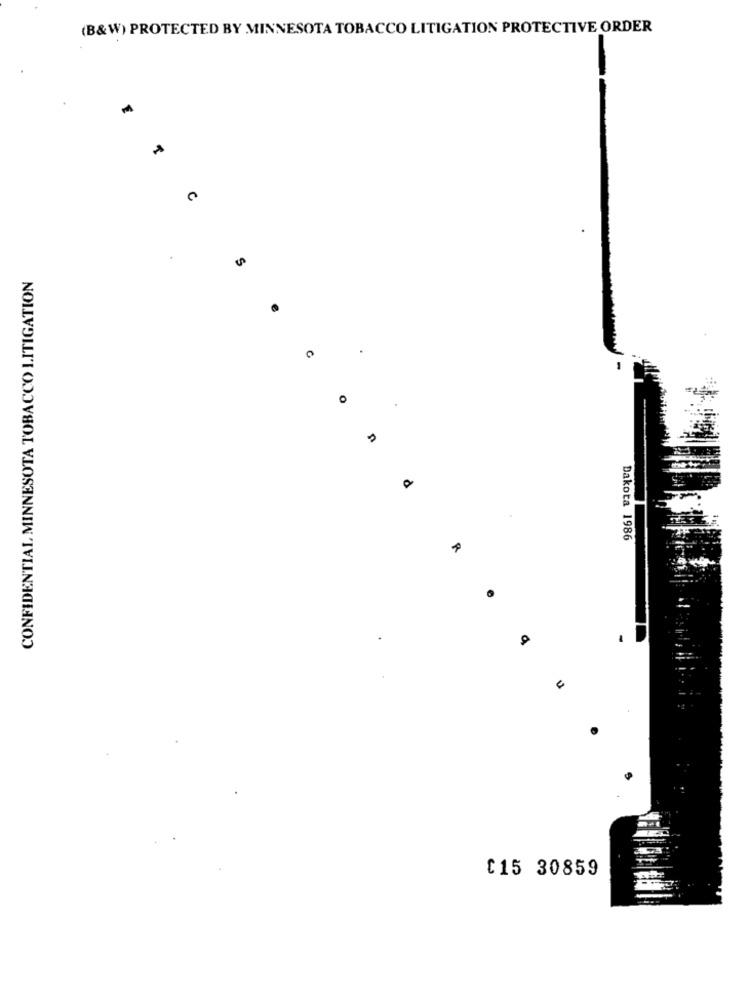
(B&W) PROTECTED BY MINNESOTA TOBACCO LITIGATION PROTECTIVE ORDER
M
CONFIDENTIAL MINNESOTA TOBACCO LITIGATION
O
Dakota 1986
£15 30859